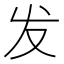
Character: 发